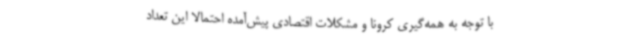
با توجه به همه‌گیری کرونا و مشکلات اقتصادی پیش‌آمده احتمالا این تعداد